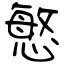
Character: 慜